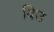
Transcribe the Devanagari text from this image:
विउ